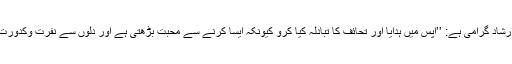
رسول اللہe کا ارشاد گرامی ہے: ’’آپس میں ہدایا اور تحائف کا تبادلہ کیا کرو کیونکہ ایسا کرنے سے محبت بڑھتی ہے اور دلوں سے نفرت وکدورت دور ہوتی ہے۔